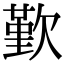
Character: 歏